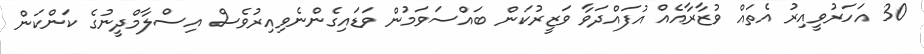
30 އަހަރުވީއިރު އެތައް ވުޒާރާއެއް އުފައްދަވާ ވަޒީރުކަން ބައްސަވަމުން ވަޑައިގެންނެވިއިރުވެސް އިސްލާމްދީނުގެ ކަންކަން